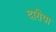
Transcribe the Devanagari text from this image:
दारीया